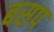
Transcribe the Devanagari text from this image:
बसप